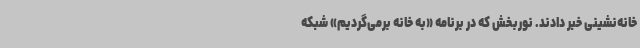
خانه‌نشینی خبر دادند. نوربخش که در برنامه «به خانه برمی‌گردیم» شبکه